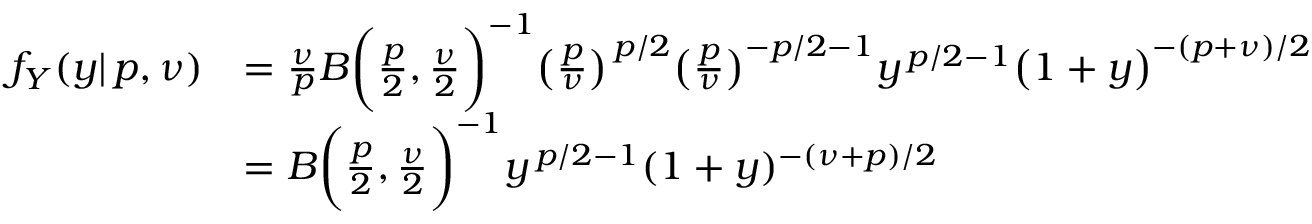
{ \begin{array} { r l } { f _ { Y } ( y | \, p , \nu ) } & { = { \frac { \nu } { p } } B { \bigg ( } { \frac { p } { 2 } } , { \frac { \nu } { 2 } } { \bigg ) } ^ { - 1 } { \big ( } { \frac { p } { \nu } } { \big ) } ^ { \, p / 2 } { \big ( } { \frac { p } { \nu } } { \big ) } ^ { - p / 2 - 1 } y ^ { \, p / 2 - 1 } { \big ( } 1 + y { \big ) } ^ { - ( p + \nu ) / 2 } } \\ & { = B { \bigg ( } { \frac { p } { 2 } } , { \frac { \nu } { 2 } } { \bigg ) } ^ { - 1 } y ^ { \, p / 2 - 1 } ( 1 + y ) ^ { - ( \nu + p ) / 2 } } \end{array} }